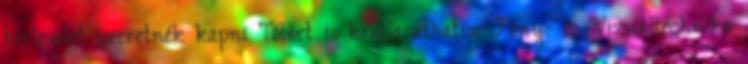
hírlevelet szeretnék kapni Többet is kiválaszthatsz Fény- és Vizuáltechnika